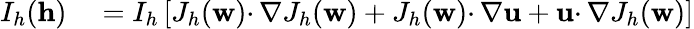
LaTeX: \begin{array}{rl}{I_{h}(\mathbf{h})}&{{}=I_{h}\left[J_{h}(\mathbf{w})\cdotp\nabla J_{h}(\mathbf{w})+J_{h}(\mathbf{w})\cdotp\nabla\mathbf{u}+\mathbf{u}\cdotp\nabla J_{h}(\mathbf{w})\right]}\end{array}